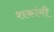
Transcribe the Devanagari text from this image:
शकांनी